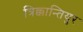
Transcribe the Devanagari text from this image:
त्रिक्कान्तियुर